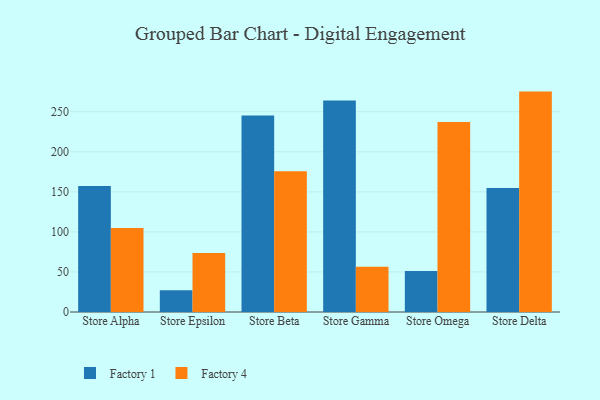
{"axis": {"x": "Store", "y": "Humidity (%)"}, "legend": ["Factory 1", "Factory 4"], "data": [{"x": "Store Alpha", "y": 157.3, "type": "Factory 1"}, {"x": "Store Alpha", "y": 104.7, "type": "Factory 4"}, {"x": "Store Epsilon", "y": 27.2, "type": "Factory 1"}, {"x": "Store Epsilon", "y": 73.6, "type": "Factory 4"}, {"x": "Store Beta", "y": 245.4, "type": "Factory 1"}, {"x": "Store Beta", "y": 175.6, "type": "Factory 4"}, {"x": "Store Gamma", "y": 264.1, "type": "Factory 1"}, {"x": "Store Gamma", "y": 56.4, "type": "Factory 4"}, {"x": "Store Omega", "y": 51.3, "type": "Factory 1"}, {"x": "Store Omega", "y": 237.0, "type": "Factory 4"}, {"x": "Store Delta", "y": 154.9, "type": "Factory 1"}, {"x": "Store Delta", "y": 275.1, "type": "Factory 4"}]}